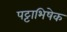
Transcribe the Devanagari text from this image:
पट्टाभिषेक